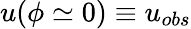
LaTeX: u(\phi\simeq 0)\equiv u_{obs}